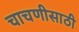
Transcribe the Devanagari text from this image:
चाचणीसाठी